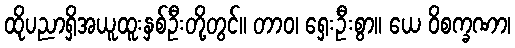
ထိုပညာရှိအယူထူးနှစ်ဦးတို့တွင်။ တာဝ၊ ရှေးဦးစွာ။ ယေ ဝိစက္ခဏာ၊